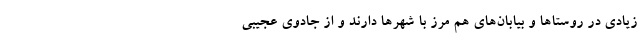
زیادی در روستا‌ها و بیابان‌های هم مرز با شهر‌ها دارند و از جادوی عجیبی